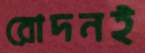
রোদনই